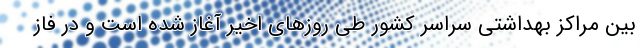
بین مراکز بهداشتی سراسر کشور طی روزهای اخیر آغاز شده است و در فاز